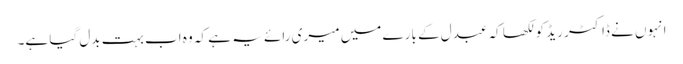
انہوں نے ڈاکٹر ریڈ کو لکھا کہ عبدل کے بارے میں میری رائے یہ ہے کہ وہ اب بہت بدل گیا ہے۔